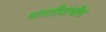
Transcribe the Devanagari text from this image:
भारतीयांचीच